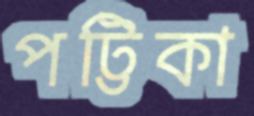
পট্টিকা